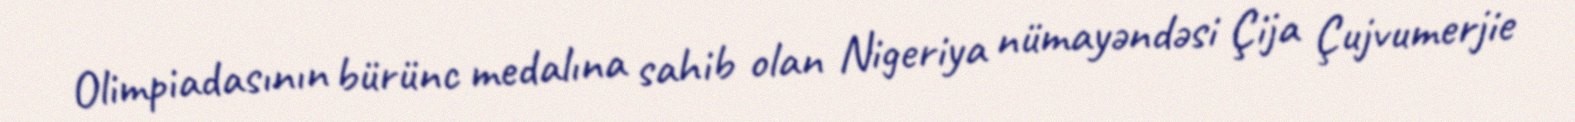
Olimpiadasının bürünc medalına sahib olan Nigeriya nümayəndəsi Çija Çujvumerjie